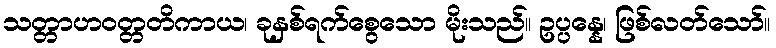
သတ္တာဟဝတ္တတိကာယ၊ ခုနှစ်ရက်စွေသော မိုးသည်။ ဥပ္ပန္နေ၊ ဖြစ်လတ်သော်။